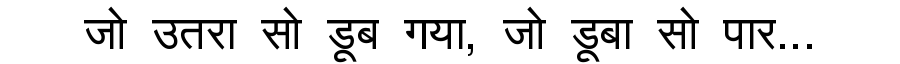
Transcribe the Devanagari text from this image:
जो उतरा सो डूब गया, जो डूबा सो पार...